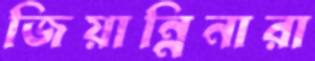
জিয়ান্নিনারা